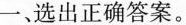
一、选出正确答案。